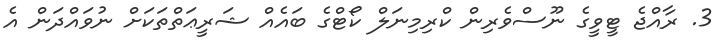
3. ރާއްޖެ ޓީވީގެ ނޫސްވެރިން ކްރިމިނަލް ކޯޓްގެ ބައެއް ޝަރީޢަތްތަކަށް ނުވައްދަން އެ